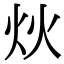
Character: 炏